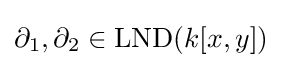
\partial _{1},\partial _{2}\in \operatorname {LND} (k[x,y])